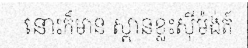
នោះក៏មាន ស្ពានខ្លះស៊ីម៉ង់ត៍